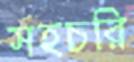
সহচরি